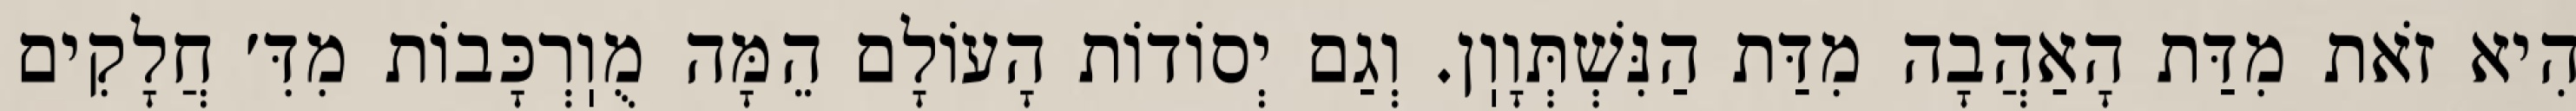
הִיא זֹאת מִדַּת הָאַהֲבָה מִדַּת הַנִּשְׁתְּוָוֽן. וְגַם יְסוֹדוֹת הָעוֹלָם הֵמָּה מֻוֽרְכָּבוֹת מִדִּ׳ חֲלָקִים